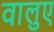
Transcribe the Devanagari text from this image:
वालुए